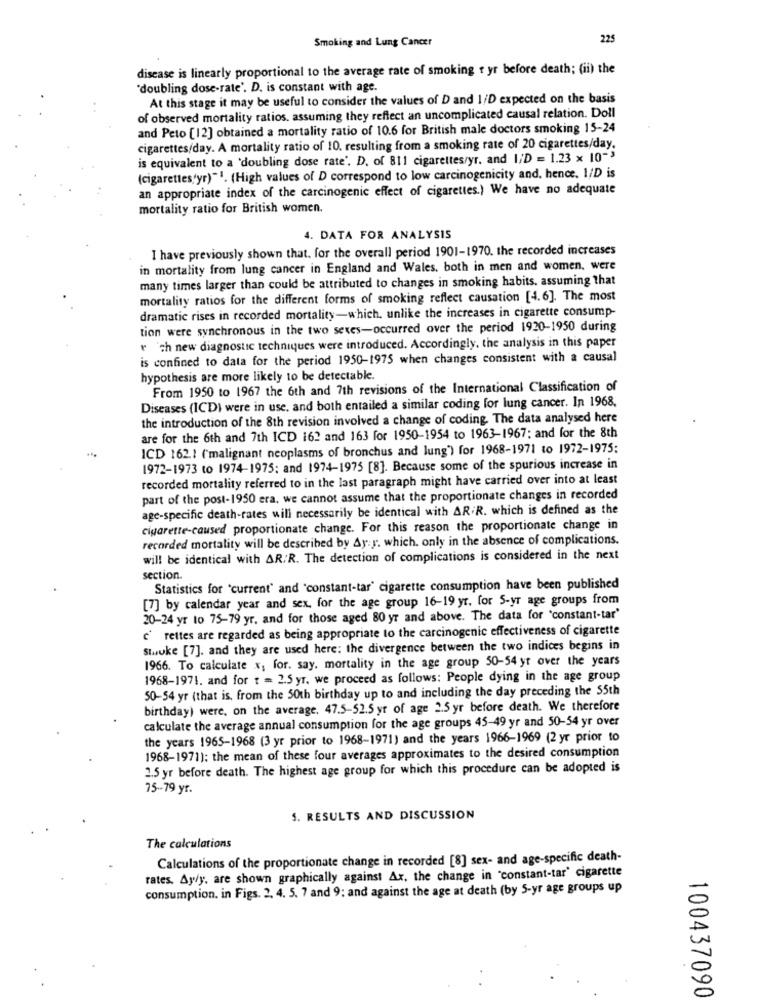
Smoking and Lung Cancer
225
disease is linearly proportional to the average rate of smoking t yr before death; (ii) the
"doubling dose-rate'. D. is constant with age.
At this stage it may be useful to consider the values of D and 1/D expected on the basis
of observed mortality ratios. assuming they reflect an uncomplicated causal relation. Doll
and Peto [12] obtained a mortality ratio of 10.6 for British male doctors smoking 15-24
cigarettes/day. A mortality ratio of 10. resulting from a smoking rate of 20 cigarettes/day.
is equivalent to a 'doubling dose rate'. D. of 811 cigarettes/yr. and I/D = 1.23 x 10-3
(cigarettes'yr) "1. (High values of D correspond to low carcinogenicity and. hence. 1/D is
an appropriate index of the carcinogenic effect of cigarettes.) We have no adequate
mortality ratio for British women.
4. DATA FOR ANALYSIS
I have previously shown that. for the overall period 1901-1970. the recorded increases
in mortality from lung cancer in England and Wales, both in men and women, were
many times larger than could be attributed to changes in smoking habits. assuming that
mortality ratios for the different forms of smoking reflect causation [4.6]. The most
dramatic rises in recorded mortality-which, unlike the increases in cigarette consump-
tion were synchronous in the two sexes-occurred over the period 1920-1950 during
r ch new diagnostic techniques were introduced. Accordingly, the analysis in this paper
is confined to data for the period 1950-1975 when changes consistent with a causal
hypothesis are more likely to be detectable.
From 1950 to 1967 the 6th and 7th revisions of the International Classification of
Diseases (ICD) were in use, and both entailed a similar coding for lung cancer. In 1968,
the introduction of the 8th revision involved a change of coding The data analysed here
are for the 6th and 7th ICD 162 and 163 for 1950-1954 to 1963-1967; and for the 8th
ICD 162.1 ('malignant neoplasms of bronchus and lung') for 1968-1971 to 1972-1975:
1972-1973 to 1974-1975; and 1974-1975 [8]. Because some of the spurious increase in
recorded mortality referred to in the last paragraph might have carried over into at least
part of the post-1950 era, we cannot assume that the proportionate changes in recorded
age-specific death-rates will necessarily be identical with AR.R. which is defined as the
cigarette-caused proportionate change. For this reason the proportionate change in
recorded mortality will be described by Ay:y. which. only in the absence of complications.
will be identical with AR/R. The detection of complications is considered in the next
section.
Statistics for 'current" and "constant-tar' cigarette consumption have been published
[7] by calendar year and sex, for the age group 16-19 yr. for S-yr age groups from
20-24 yr to 75-79 yr. and for those aged 80 yr and above. The data for 'constant-tar'
c' rettes are regarded as being appropriate to the carcinogenic effectiveness of cigarette
Stwuke [7]. and they are used here: the divergence between the two indices begins in
1966. To calculate x, for. say. mortality in the age group 50-54 yr over the years
1968-1971. and for t = 2.5 yr. we proceed as follows: People dying in the age group
50-54 yr (that is, from the 50th birthday up to and including the day preceding the 55th
birthday) were, on the average. 47.5-52.5 yr of age 2.5 yr before death. We therefore
calculate the average annual consumption for the age groups 45-49 yr and 50-54 yr over
the years 1965-1968 (3 yr prior to 1968-1971) and the years 1966-1969 (2 yr prior to
1968-1971): the mean of these four averages approximates to the desired consumption
2.5 yr before death. The highest age group for which this procedure can be adopted is
15-79 yr.
S. RESULTS AND DISCUSSION
The calculations
Calculations of the proportionate change in recorded [8] sex- and age-specific death-
rates. Ay/y, are shown graphically against Ax, the change in "constant-tar' cigarette
consumption. in Figs. 2. 4. 5. 7 and 9; and against the age at death (by 5-yr age groups up
100437090